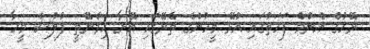
ރޭހުގެ އެންމެ ފަހަތުގައި އުޅޭ މީހުންގެ ތެރޭގައި އޭނާ ހިމެނޭތީ ފުލުސް މީހާ